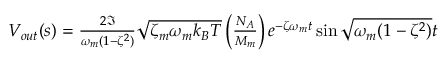
\begin{array} { r } { V _ { o u t } ( s ) = \frac { 2 \Im } { \omega _ { m } ( 1 - \zeta ^ { 2 } ) } \sqrt { \zeta _ { m } \omega _ { m } k _ { B } T } \left( \frac { N _ { A } } { M _ { m } } \right) e ^ { - \zeta \omega _ { m } t } \sin { \sqrt { \omega _ { m } ( 1 - \zeta ^ { 2 } ) } t } } \end{array}